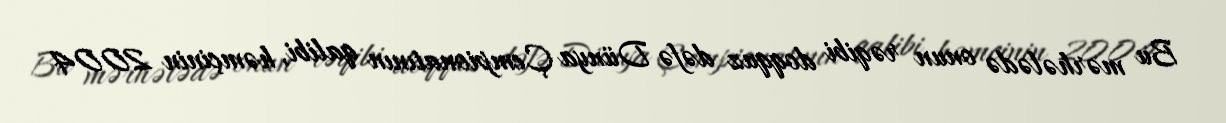
Bu mərhələdə onun rəqibi doqquz dəfə Dünya Çempionatının qalibi, həmçinin 2004